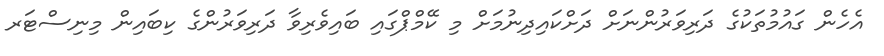
އެހެން ގައުމުތަކުގެ ދަރިވަރުންނަށް ދަށްކައިދިނުމަށް މި ކޭމްޕްގައި ބައިވެރިވާ ދަރިވަރުންގެ ކިބައިން މިނިސްޓަރ